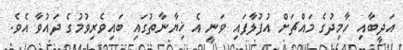
އަދީބާއި ހާމިދުގެ މައްޗަށް އުފުލާފައި ވަނީ އެ ޚިޔާނާތުގައި ބައިވެރިވުމުގެ ދައުވާ އެވެ.